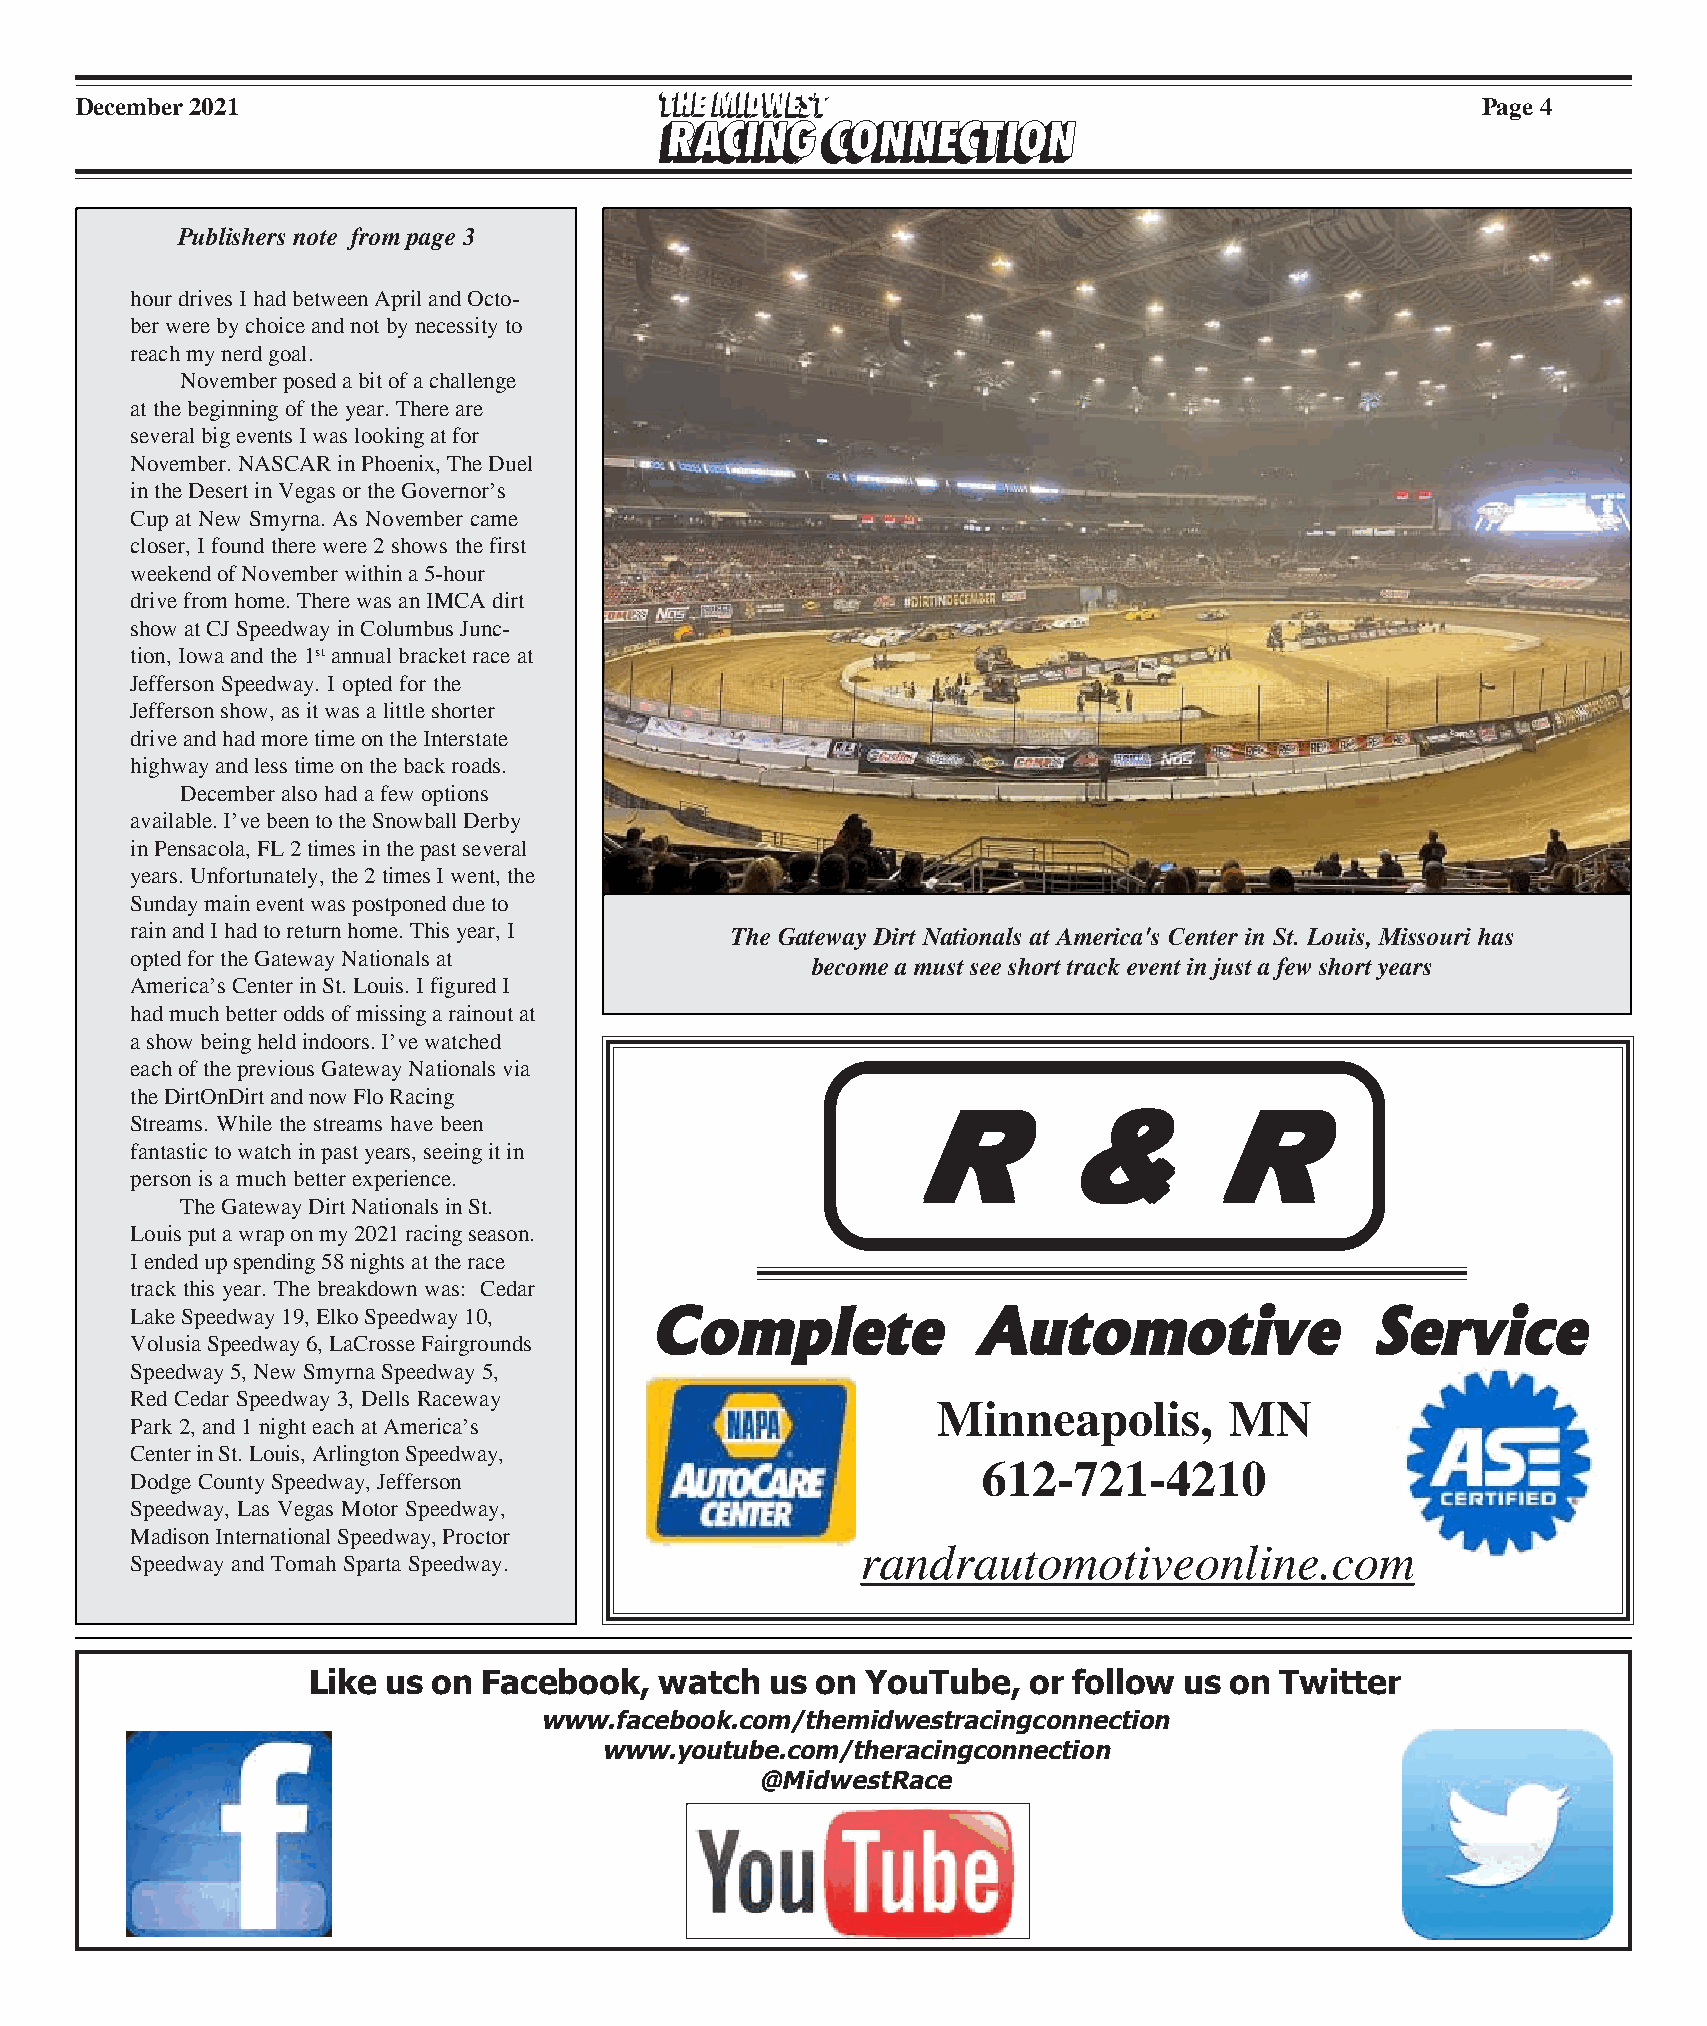
December 2021                                                                                Page 4
 Publishers note from page 3
 hour drives I had between April and Octo-
 ber were by choice and not by necessity to
 reach my nerd goal.
 November posed a bit of a challenge
 at the beginning of the year. There are
 several big events I was looking at for
 November. NASCAR in Phoenix, The Duel
 in the Desert in Vegas or the Governor’s
 Cup at New Smyrna. As November came
 closer, I found there were 2 shows the first
 weekend of November within a 5-hour
 drive from home. There was an IMCA dirt
 show at CJ Speedway in Columbus Junc-
 tion, Iowa and the 1st annual bracket race at
 Jefferson Speedway. I opted for the
 Jefferson show, as it was a little shorter
 drive and had more time on the Interstate
 highway and less time on the back roads.
 December also had a few options
 available. I’ve been to the Snowball Derby
 in Pensacola, FL 2 times in the past several
 years. Unfortunately, the 2 times I went, the
 Sunday main event was postponed due to
 rain and I had to return home. This year, I The Gateway Dirt Nationals at America's Center in St. Louis, Missouri has
 opted for the Gateway Nationals at
 become a must see short track event in just a few short years
 America’s Center in St. Louis. I figured I
 had much better odds of missing a rainout at
 a show being held indoors. I’ve watched
 each of the previous Gateway Nationals via
 the DirtOnDirt and now Flo Racing
 Streams. While the streams have been               RRRRR     &&&&&     RRRRR
 fantastic to watch in past years, seeing it in
 person is a much better experience.
 The Gateway Dirt Nationals in St.
 Louis put a wrap on my 2021 racing season.
 I ended up spending 58 nights at the race
 track this year. The breakdown was: Cedar
 Lake Speedway 19, Elko Speedway 10, CCCCCooooommmmmpppppllllleeeeettttteeeee AAAAAuuuuutttttooooommmmmoooootttttiiiiivvvvveeeee SSSSSeeeeerrrrrvvvvviiiiiccccceeeee
 Volusia Speedway 6, LaCrosse Fairgrounds
 Speedway 5, New Smyrna Speedway 5,
 Red Cedar Speedway 3, Dells Raceway
 Minneapolis,       MN
 Park 2, and 1 night each at America’s
 Center in St. Louis, Arlington Speedway,
 612-721-4210
 Dodge County Speedway, Jefferson
 Speedway, Las Vegas Motor Speedway,
 Madison International Speedway, Proctor
 randrautomotiveonline.com
 Speedway and Tomah Sparta Speedway.
 Like  us on Facebook,   watch  us on YouTube,   or follow us on  Twitter
 www.facebook.com/themidwestracingconnection
 www.youtube.com/theracingconnection
 @MidwestRace